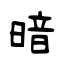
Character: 暗